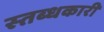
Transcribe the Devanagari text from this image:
स्‍तब्‍धकारी